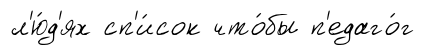
л'ю́д'ях сп'и́сок что́бы п'едаго́г